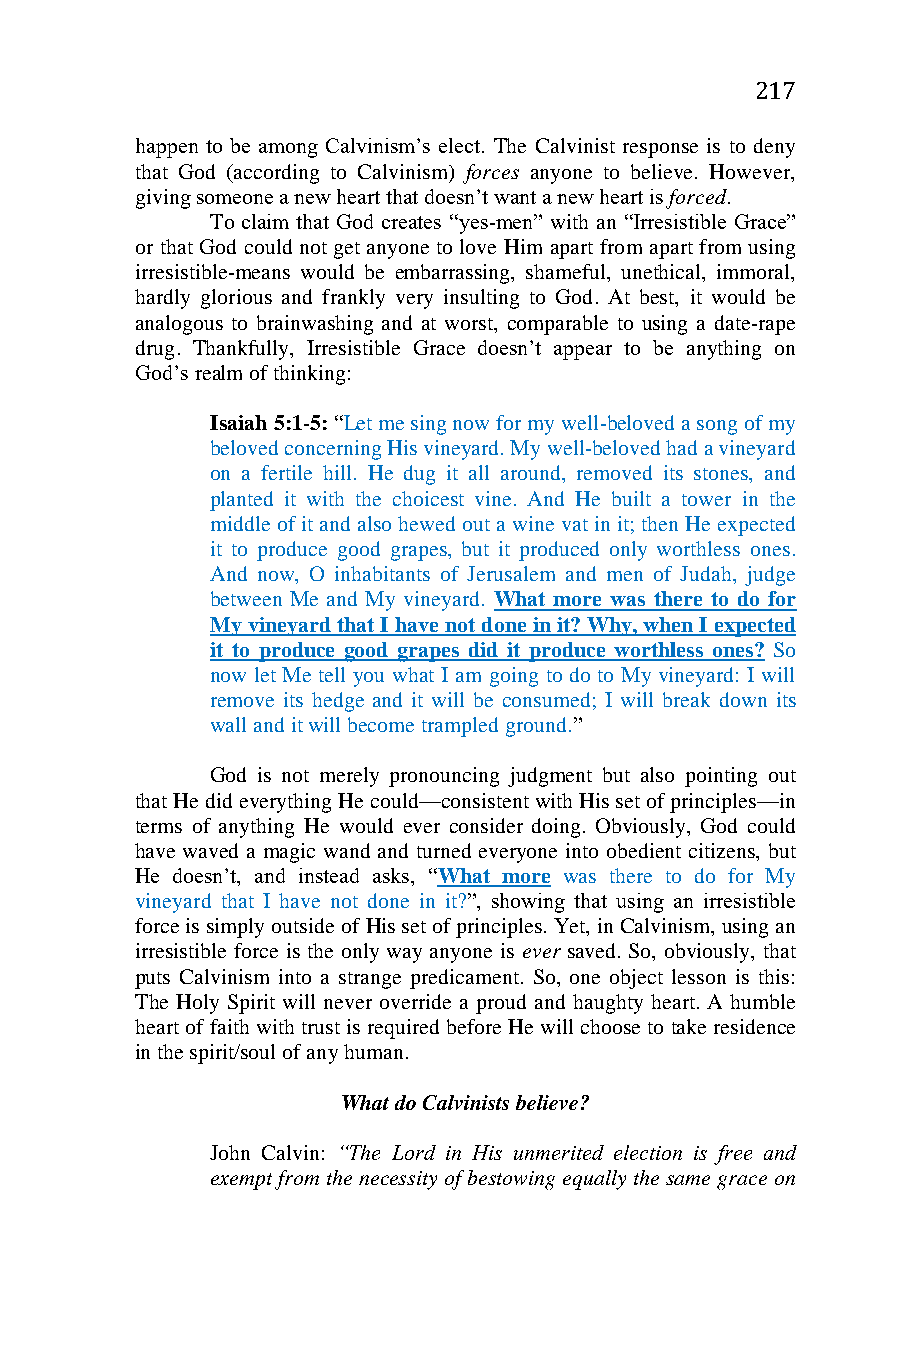
217
 happen to be among Calvinism’s elect. The Calvinist response is to deny
 that God (according to Calvinism) forces anyone to believe. However,
 giving someone a new heart that doesn’t want a new heart is forced.
 To claim that God creates “yes-men” with an “Irresistible Grace”
 or that God could not get anyone to love Him apart from apart from using
 irresistible-means would be embarrassing, shameful, unethical, immoral,
 hardly glorious and frankly very insulting to God. At best, it would be
 analogous to brainwashing and at worst, comparable to using a date-rape
 drug. Thankfully, Irresistible Grace doesn’t appear to be anything on
 God’s realm of thinking:
 Isaiah 5:1-5: “Let me sing now for my well-beloved a song of my
 beloved concerning His vineyard. My well-beloved had a vineyard
 on a fertile hill. He dug it all around, removed its stones, and
 planted it with the choicest vine. And He built a tower in the
 middle of it and also hewed out a wine vat in it; then He expected
 it to produce good grapes, but it produced only worthless ones.
 And now, O inhabitants of Jerusalem and men of Judah, judge
 between Me and My vineyard. What more was there to do for
 My vineyard that I have not done in it? Why, when I expected
 it to produce good grapes did it produce worthless ones? So
 now let Me tell you what I am going to do to My vineyard: I will
 remove its hedge and it will be consumed; I will break down its
 wall and it will become trampled ground.”
 God is not merely pronouncing judgment but also pointing out
 that He did everything He could—consistent with His set of principles—in
 terms of anything He would ever consider doing. Obviously, God could
 have waved a magic wand and turned everyone into obedient citizens, but
 He doesn’t, and instead asks, “What more was there to do for My
 vineyard that I have not done in it?”, showing that using an irresistible
 force is simply outside of His set of principles. Yet, in Calvinism, using an
 irresistible force is the only way anyone is ever saved. So, obviously, that
 puts Calvinism into a strange predicament. So, one object lesson is this:
 The Holy Spirit will never override a proud and haughty heart. A humble
 heart of faith with trust is required before He will choose to take residence
 in the spirit/soul of any human.
 What do Calvinists believe?
 John Calvin: “The Lord in His unmerited election is free and
 exempt from the necessity of bestowing equally the same grace on